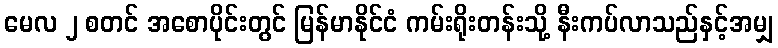
မေလ ၂ စတင် အစောပိုင်းတွင် မြန်မာနိုင်ငံ ကမ်းရိုးတန်းသို့ နီးကပ်လာသည်နှင့်အမျှ